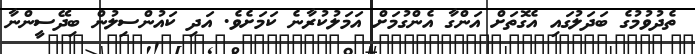
ތެދުވުމުގެ ބަދަލުގައި އެގޮތަށް އަންގާ އެންގުމަށް އަމަލުކުރާނެ ކަމަށެވެ. އަދި ކައުންސިލުން ބިދޭސީންނާ